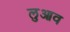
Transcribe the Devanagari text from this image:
लुआव